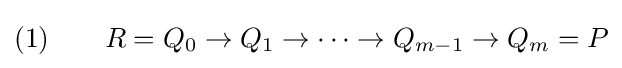
(1)\qquad R=Q_{0}\to Q_{1}\to \cdots \to Q_{m-1}\to Q_{m}=P